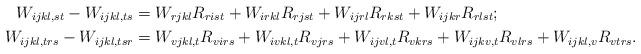
LaTeX: \begin{align*} W_{ijkl, st}-W_{ijkl, ts} &= W_{rjkl}R_{rist}+W_{irkl}R_{rjst}+W_{ijrl}R_{rkst}+W_{ijkr}R_{rlst}; \\ W_{ijkl, trs}-W_{ijkl, tsr} &= W_{vjkl, t}R_{virs}+W_{ivkl, t}R_{vjrs}+W_{ijvl, t}R_{vkrs}+W_{ijkv, t}R_{vlrs}+W_{ijkl, v}R_{vtrs}. \end{align*}